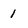
Character: 1